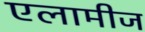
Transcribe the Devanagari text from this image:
एलामीज